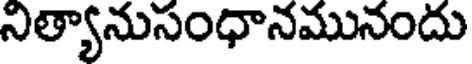
నిత్యానుసంధానమునందు